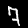
Digit: 7